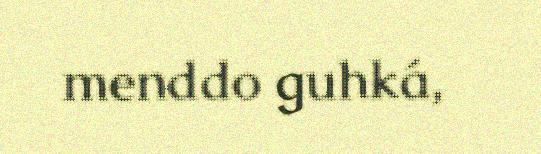
menddo guhká,